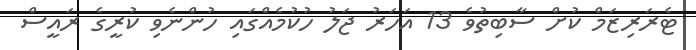
ޓެރަރިޒަމް ކުށް ސާބިތުވެ 13 އަހަރު ޖަލު ހުކުމެއްގައި ހުންނެވި ކުރީގެ ރައީސް